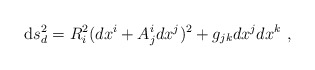
\begin{align*}{\rm d}s^2_d = R_i ^2 ( dx ^i + A_j^i dx^j )^2 + g_{jk} dx^j dx^k \ ,\end{align*}